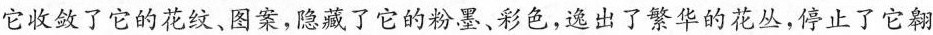
它收敛了它的花纹、图案，隐藏了它的粉墨、彩色，逸出了繁华的花丛，停止了它翱